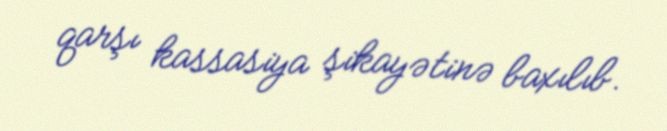
qarşı kassasiya şikayətinə baxılıb.